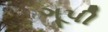
ગૂપી